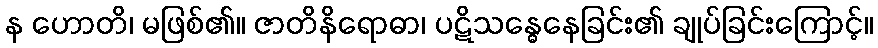
န ဟောတိ၊ မဖြစ်၏။ ဇာတိနိရောဓာ၊ ပဋိသန္ဓေနေခြင်း၏ ချုပ်ခြင်းကြောင့်။